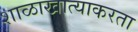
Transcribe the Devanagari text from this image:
शाळाखात्याकरता